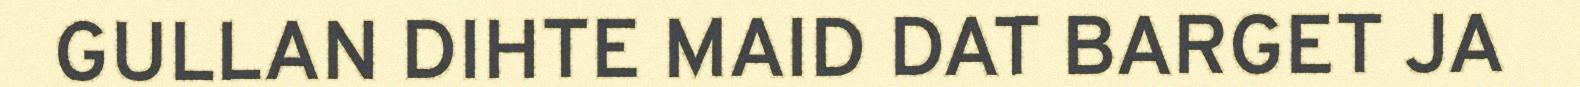
GULLAN DIHTE MAID DAT BARGET JA